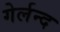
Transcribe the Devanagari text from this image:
गेर्लन्द